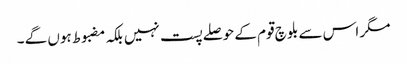
مگر اس سے بلوچ قوم کے حوصلے پست نہیں بلکہ مضبوط ہوں گے ۔